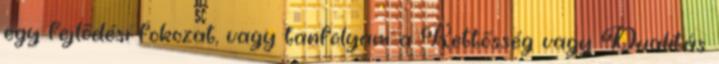
egy fejlődési fokozat, vagy tanfolyam a Kettősség vagy Dualitás